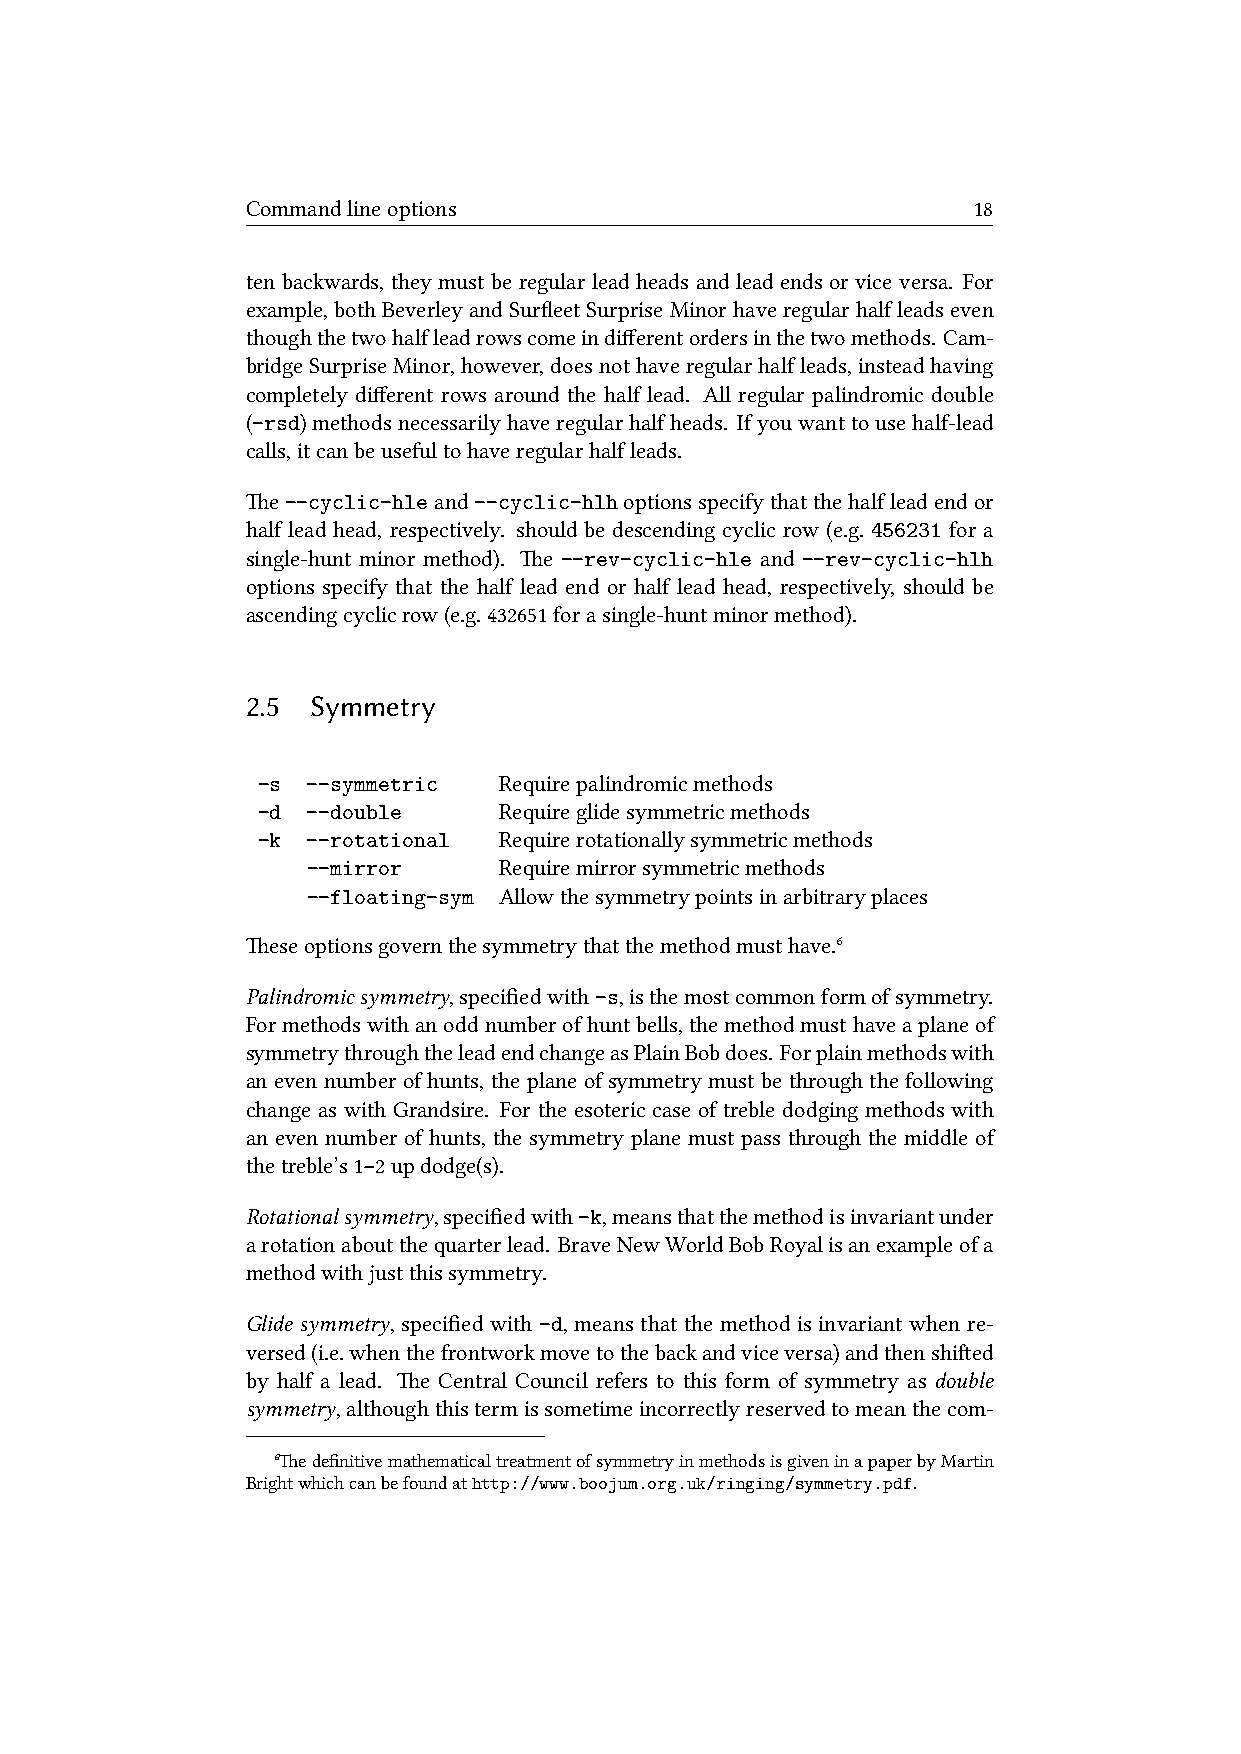
Commandlineoptions                              18
 ten backwards, they must be regular lead heads and lead ends or vice versa. For
 example,bothBeverleyandSurfleetSurpriseMinorhaveregularhalfleadseven
 thoughthetwohalfleadrowscomeindifferentordersinthetwomethods. Cam-
 bridgeSurpriseMinor,however,doesnothaveregularhalfleads,insteadhaving
 completely different rows around the half lead. All regular palindromic double
 (-rsd)methodsnecessarilyhaveregularhalfheads. Ifyouwanttousehalf-lead
 calls,itcanbeusefultohaveregularhalfleads.
 e--cyclic-hleand--cyclic-hlhoptionsspecifythatthehalfleadendor
 half lead head, respectively. should be descending cyclic row (e.g. 456231 for a
 single-hunt minor method). e --rev-cyclic-hle and --rev-cyclic-hlh
 options specify that the half lead end or half lead head, respectively, should be
 ascendingcyclicrow(e.g.432651forasingle-huntminormethod).
 2.5  Symmetry
 -s --symmetric  Requirepalindromicmethods
 -d --double     Requireglidesymmetricmethods
 -k --rotational Requirerotationallysymmetricmethods
 --mirror     Requiremirrorsymmetricmethods
 --floating-sym Allowthesymmetrypointsinarbitraryplaces
 eseoptionsgovernthesymmetrythatthemethodmusthave.⁶
 Palindromicsymmetry,specifiedwith-s,isthemostcommonformofsymmetry.
 Formethodswithanoddnumberofhuntbells,themethodmusthaveaplaneof
 symmetrythroughtheleadendchangeasPlainBobdoes. Forplainmethodswith
 an even number of hunts, the plane of symmetry must be through the following
 change as with Grandsire. For the esoteric case of treble dodging methods with
 an even number of hunts, the symmetry plane must pass through the middle of
 thetreble’s1–2updodge(s).
 Rotationalsymmetry,specifiedwith-k,meansthatthemethodisinvariantunder
 arotationaboutthequarterlead. BraveNewWorldBobRoyalisanexampleofa
 methodwithjustthissymmetry.
 Glide symmetry, specified with -d, means that the method is invariant when re-
 versed(i.e.whenthefrontworkmovetothebackandviceversa)andthenshied
 by half a lead. e Central Council refers to this form of symmetry as double
 symmetry,althoughthistermissometimeincorrectlyreservedtomeanthecom-
 ⁶edefinitivemathematicaltreatmentofsymmetryinmethodsisgiveninapaperbyMartin
 Brightwhichcanbefoundathttp://www.boojum.org.uk/ringing/symmetry.pdf.